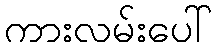
ကားလမ်းပေါ်